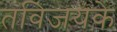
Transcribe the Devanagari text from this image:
तविजयके